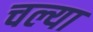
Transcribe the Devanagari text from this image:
चल्या